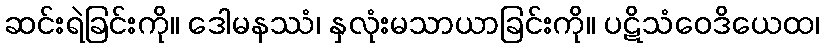
ဆင်းရဲခြင်းကို။ ဒေါမနဿံ၊ နှလုံးမသာယာခြင်းကို။ ပဋိသံဝေဒိယေထ၊